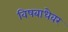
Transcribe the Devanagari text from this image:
विषबाधेवर